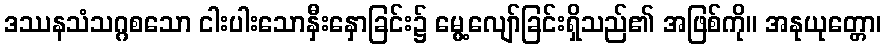
ဒဿနသံသဂ္ဂစသော ငါးပါးသောနှီးနှောခြင်း၌ မွေ့လျော်ခြင်းရှိသည်၏ အဖြစ်ကို။ အနုယုတ္တော၊